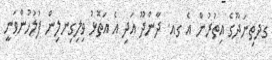
ގދތިނަދޫގެ އިތުރުން އެ ގއ. ދާންދޫ އަދި އެ އަތޮޅު ވިލިގިނލިން ފުލުހުންވަނީ